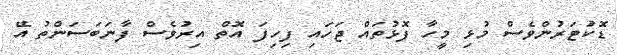
ޑޮކުަޓަރުންވެސް މުޅި މީހާ ފޮޅުތައް ޖަހައި ފިހިފަ އޮތް އިރުވެސް ފާނަބަސަންތު އޭ